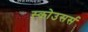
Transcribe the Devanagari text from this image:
स्कोउसर्स